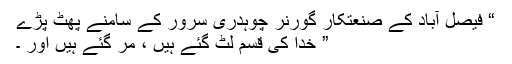
“ فیصل آباد کے صنعتکار گورنر چوہدری سرور کے سامنے پھٹ پڑے
” خدا کی قسم لٹ گئے ہیں ، مر گئے ہیں اور ۔